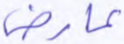
عارض